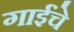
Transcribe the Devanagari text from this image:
गाईंचे